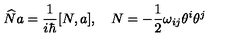
\widehat { N } a = \frac 1 { i \hbar } [ N , a ] , \quad N = - \frac 1 2 \omega _ { i j } \theta ^ { i } \theta ^ { j }